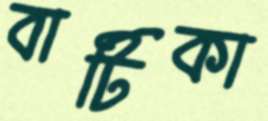
বাটিকা